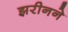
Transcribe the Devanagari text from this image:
झरीनने